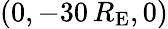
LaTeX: (0,-30\, R_{\mathrm{E}},0)